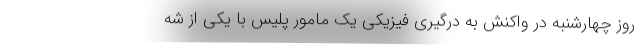
روز چهارشنبه در واکنش به درگیری فیزیکی یک مامور پلیس با یکی از شه